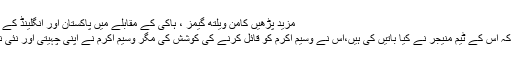
مزید پڑھیں کامن ویلتھ گیمز ، ہاکی کے مقابلے میں پاکستان اور انگلینڈ کے مابین گروپ میچ دو، دو گول سے برابر
لہٰذا ہما نے وسیم اکرم کو یہ بتائے بغیر کہ اس کے ٹیم منیجر نے کیا باتیں کی ہیں،اس نے وسیم اکرم کو قائل کرنے کی کوشش کی مگر وسیم اکرم نے اپنی چہیتی اور نئی نویلی دلہن کو یہ کہہ کر خاموش کر ادیا۔